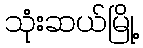
သုံးဆယ်မြို့